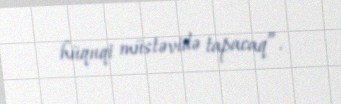
hüquqi müstəvidə tapacaq”.